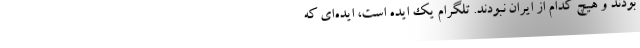
بودند و هیچ کدام از ایران نبودند. تلگرام یک ایده است، ایده‌ای که